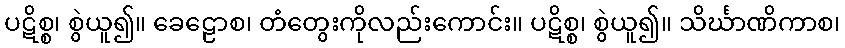
ပဋိစ္စ၊ စွဲယူ၍။ ခေဠောစ၊ တံတွေးကိုလည်းကောင်း။ ပဋိစ္စ၊ စွဲယူ၍။ သိင်္ဃာဏိကာစ၊